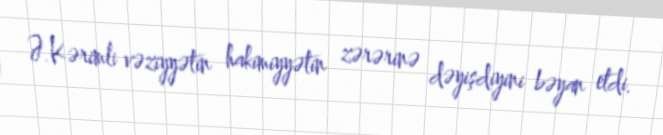
Ə.Kərimli vəziyyətin hakimiyyətin zərərinə dəyişdiyini bəyan etdi.